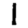
Digit: 1